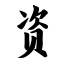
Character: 资